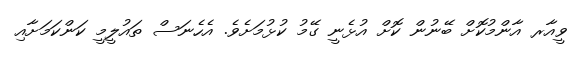
ވީއާރ އާންމުކޮށް ބޭނުން ކޮށް އުޅެނީ ގޭމު ކުޅުމަށެވެ. އެހެނަސް ތައުލީމީ ކަންކަމަށާއި